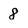
Character: 8